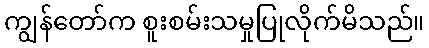
ကျွန်တော်က စူးစမ်းသမှုပြုလိုက်မိသည်။